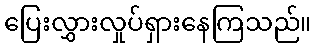
ပြေးလွှားလှုပ်ရှားနေကြသည်။